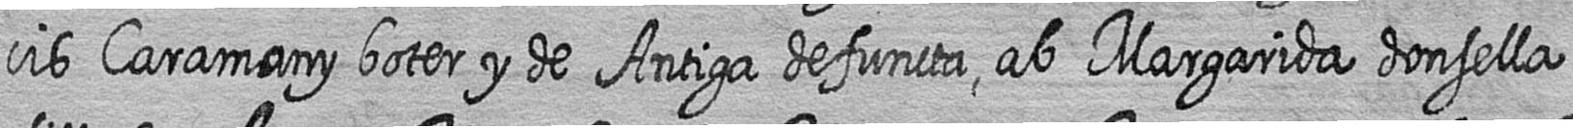
cis Caramany boter y de Antiga defuncta ab Margarida donsella